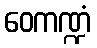
ဝေကဏ္ဍံ